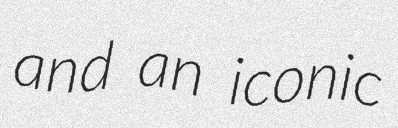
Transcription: and an iconic